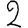
Digit: 2